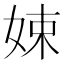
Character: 娕